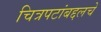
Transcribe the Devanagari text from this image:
चित्रपटांबद्दलचे